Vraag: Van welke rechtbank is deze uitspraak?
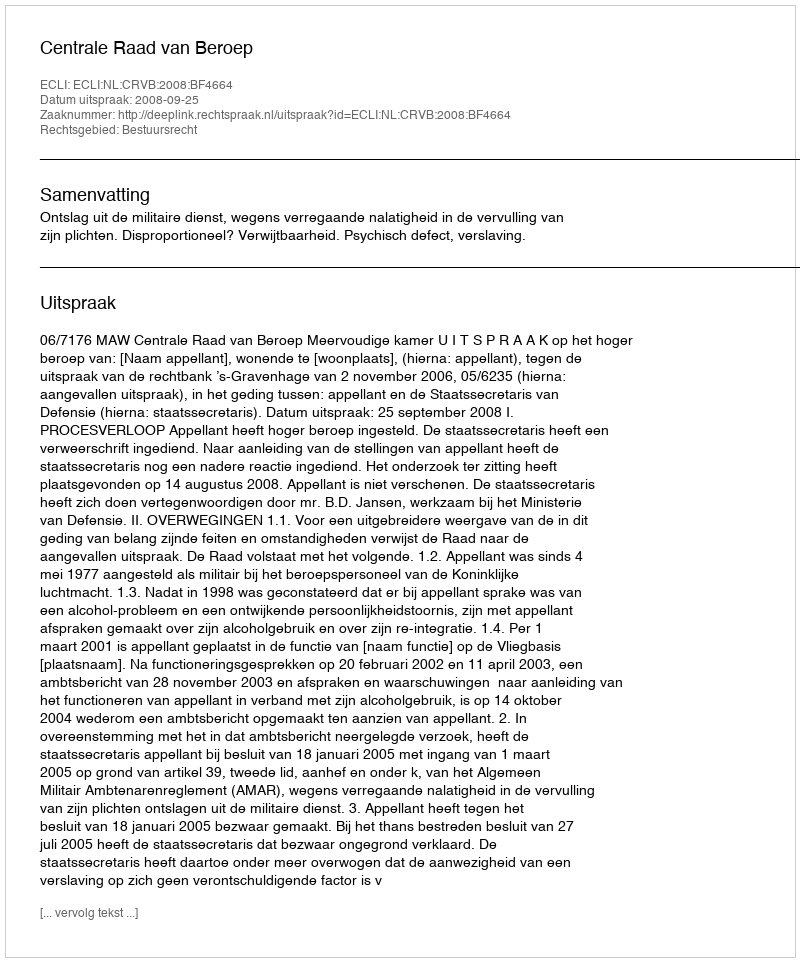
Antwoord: Centrale Raad van Beroep